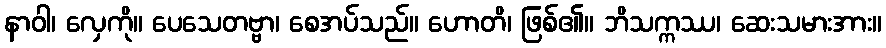
နာဝါ၊ လှေကို။ ပေသေတဗ္ဗာ၊ စေအပ်သည်။ ဟောတိ၊ ဖြစ်၏။ ဘိသက္ကဿ၊ ဆေးသမားအား။